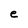
Character: e